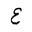
Letter: _ayn